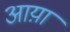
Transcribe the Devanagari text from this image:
आय़ा